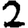
Digit: 2